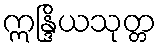
ဣန္ဒြိယသုတ္တ